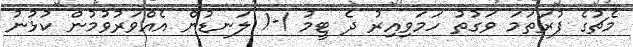
މެޗުގެ ފުރަތަމަ ވަގުތު ހަމަވިއިރު ދެ ޓީމު 1-1 ލަނޑުން އެއްވަރުވުމުން ކުޅުނު